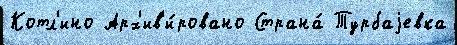
Котл'ино Арх'ив'и́ровано Страна́ Турбаjевка